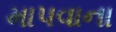
માપવાના